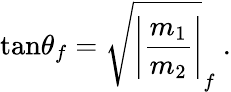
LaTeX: \mathrm{tan}\theta_{f}=\sqrt{\left|{\frac{m_{1}}{m_{2}}}\right|}_{f}~.